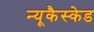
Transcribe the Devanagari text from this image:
न्यूकैस्केड